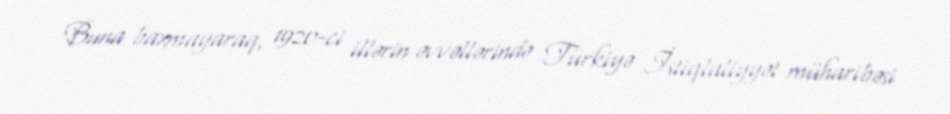
Buna baxmayaraq, 1920-ci illərin əvvəllərində Türkiyə İstiqlaliyyət müharibəsi